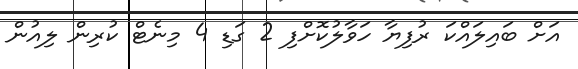
އަށް ބައިލައްކަ ރުފިޔާ ހަވާލުކޮށްފި 2 ގަޑި 4 މިނެޓް ކުރިން ލިއުން